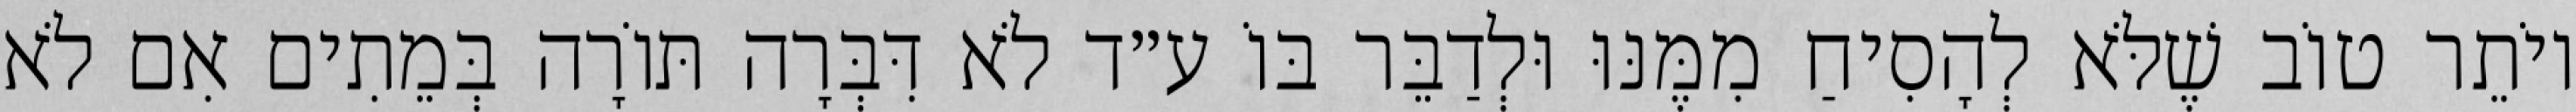
יוֹתֵר טוֹב שֶׁלֹּא לְהָסִיחַ מִמֶּנּוּ וּלְדַבֵּר בּוֹ ע״ד לֹא דִּבְּרָה תּוֹרָה בְּמֵתִים אִם לֹא